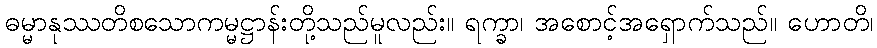
ဓမ္မာနုဿတိစသောကမ္မဋ္ဌာန်းတို့သည်မူလည်း။ ရက္ခာ၊ အစောင့်အရှောက်သည်။ ဟောတိ၊